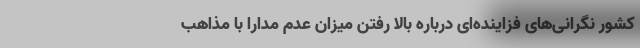
کشور نگرانی‌های فزاینده‌ای درباره بالا رفتن میزان عدم مدارا با مذاهب